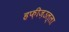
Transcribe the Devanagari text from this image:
हफ़ीज़उल्ला